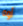
أوه